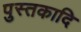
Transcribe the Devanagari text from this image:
पुस्तकादि